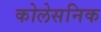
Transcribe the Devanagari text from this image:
कोलेसनिक